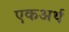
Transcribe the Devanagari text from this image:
एकअर्थ